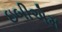
ઇબીએમ